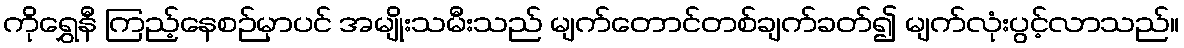
ကိုရွှေနီ ကြည့်နေစဉ်မှာပင် အမျိုးသမီးသည် မျက်တောင်တစ်ချက်ခတ်၍ မျက်လုံးပွင့်လာသည်။